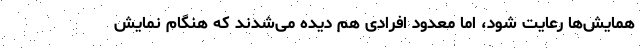
همایش‌ها رعایت شود، اما معدود افرادی هم دیده می‌شدند که هنگام نمایش